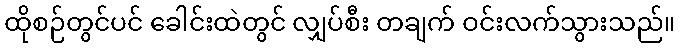
ထိုစဉ်တွင်ပင် ခေါင်းထဲတွင် လျှပ်စီး တချက် ဝင်းလက်သွားသည်။